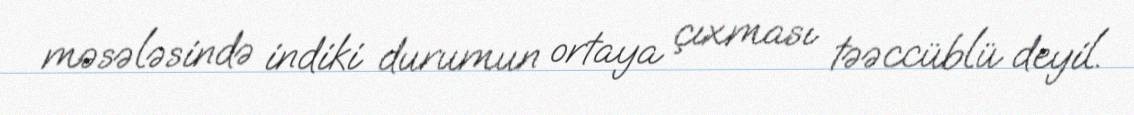
məsələsində indiki durumun ortaya çıxması təəccüblü deyil.